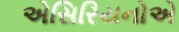
એસિરિયનોએ